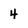
Character: 4